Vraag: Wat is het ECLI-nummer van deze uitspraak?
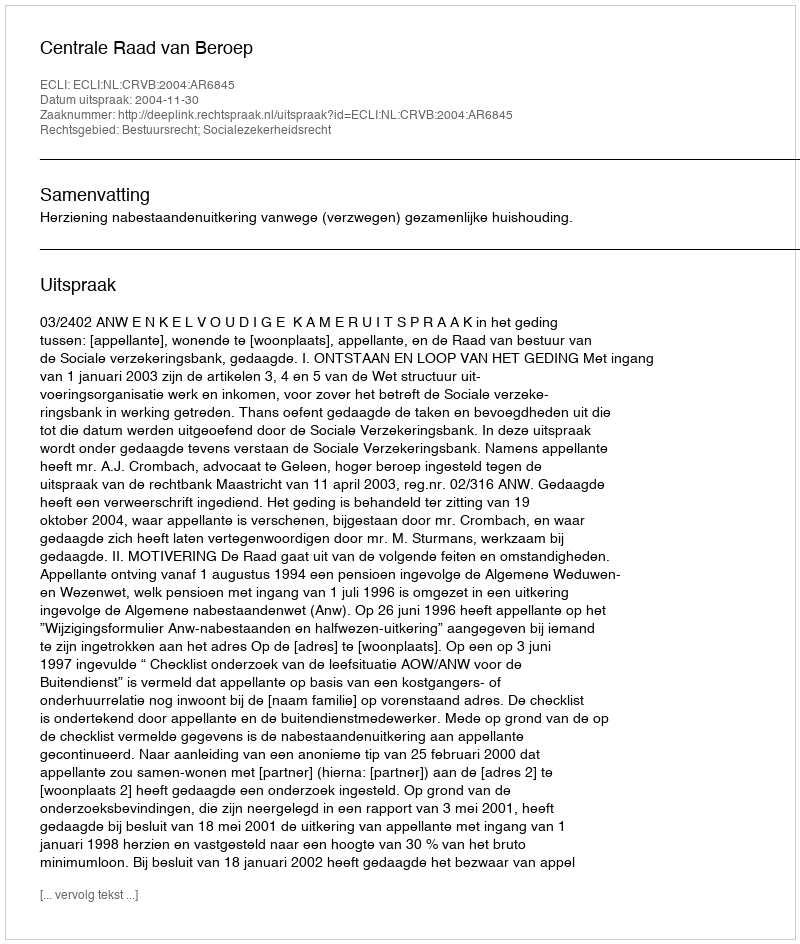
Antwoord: ECLI:NL:CRVB:2004:AR6845